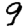
Digit: 9